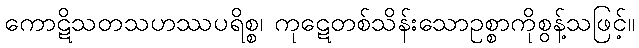
ကောဋိသတသဟဿပရိစ္စ၊ ကုဋေတစ်သိန်းသောဥစ္စာကိုစွန့်သဖြင့်။